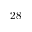
2 8